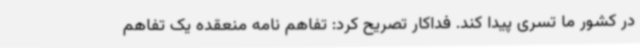
در کشور ما تسری پیدا کند. فداکار تصریح کرد: تفاهم نامه منعقده یک تفاهم